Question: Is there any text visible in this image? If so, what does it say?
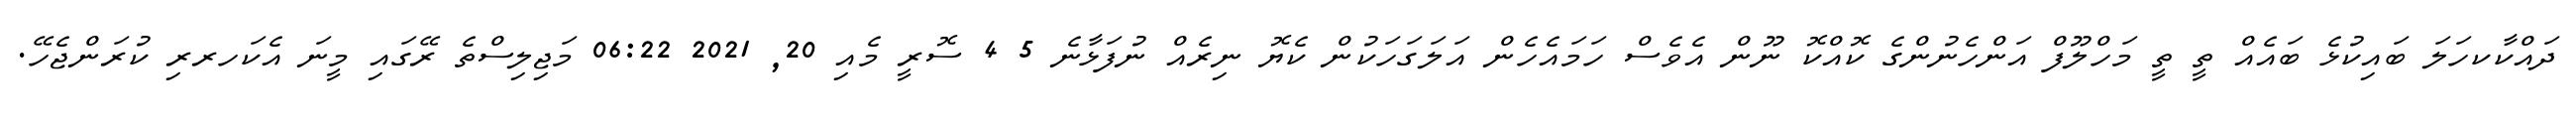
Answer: ދައްކާކހަލަ ބައިކުޅެ ބައެއް ތީ ތީ މަހްލޫފް އަންހެނުންގެ ކޮއްކޮ ނޫން އެވެސް ހަމައެހެން އަލަގަހަކުން ކެޔޮ ނިރެއް ނުފަޅާނެ 5 4 ސޮރީ މެއި 20, 2021 06:22 މަޖިލިސްތެ ރޭގައި މީނަ އެކަހރރި ކުރަންޖެހޭ.